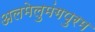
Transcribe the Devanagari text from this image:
अलमेलुमंगपुरम